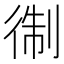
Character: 𱝱